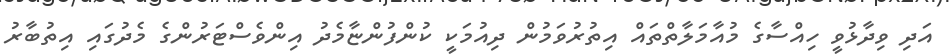
އަދި ވިދާޅުވީ ހިއްސާގެ މުއާމަލާތްތައް އިތުރުވަމުން ދިއުމަކީ ކުންފުންޏާމެދު އިންވެސްޓަރުންގެ މެދުގައި އިތުބާރު